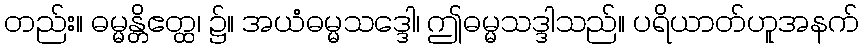
တည်း။ ဓမ္မန္တိဧတ္ထ၊ ၌။ အယံဓမ္မသဒ္ဒေါ၊ ဤဓမ္မသဒ္ဒါသည်။ ပရိယာတ်ဟူအနက်